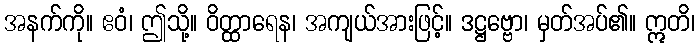
အနက်ကို။ ဧဝံ၊ ဤသို့။ ဝိတ္ထာရေန၊ အကျယ်အားဖြင့်။ ဒဋ္ဌဗ္ဗော၊ မှတ်အပ်၏။ ဣတိ၊